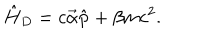
\hat { H } _ { D } = c \vec { \alpha } \hat { \bf p } + \beta m c ^ { 2 } .